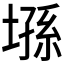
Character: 𰊘